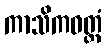
ကာသိကဝတ္ထံ